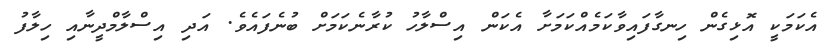
އެކަމަކީ އޮޅިގެން ހިނގާފައިވާކަމެއްކަމަށާ އެކަން އިސްލާހު ކުރާނެކަމަށް ބުނެފައެވެ. އަދި އިސްލާމްދީނާއި ހިލާފު